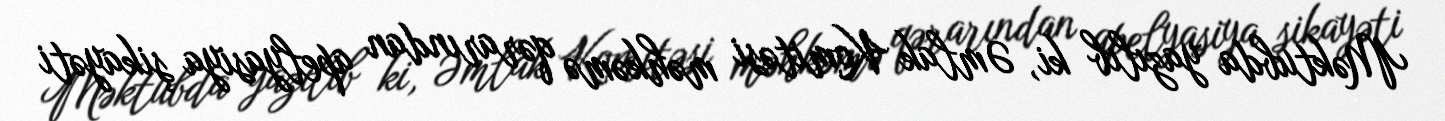
Məktubda yazılıb ki, Əmlak Komitəsi məhkəmə qərarından apelyasiya şikayəti